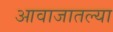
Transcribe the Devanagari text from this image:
आवाजातल्या